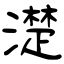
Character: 濋